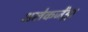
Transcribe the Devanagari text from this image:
अलेकजेंड्रा